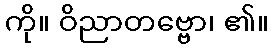
ကို။ ဝိညာတဗ္ဗော၊ ၏။